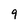
Character: 9